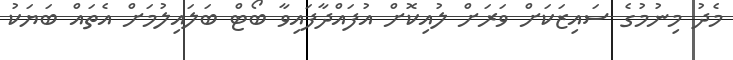
މެދު މިނުމުގެ ސައިޒަކަށް ވަރަށް ލުއިކޮށް އުފައްދާފައިވާ ބޯޓް ބަލައިލުމަށް އެތައް ބަޔަކު